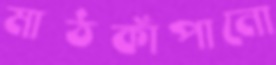
মাঠকাঁপানো